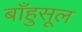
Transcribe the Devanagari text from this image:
बाँहुसूल